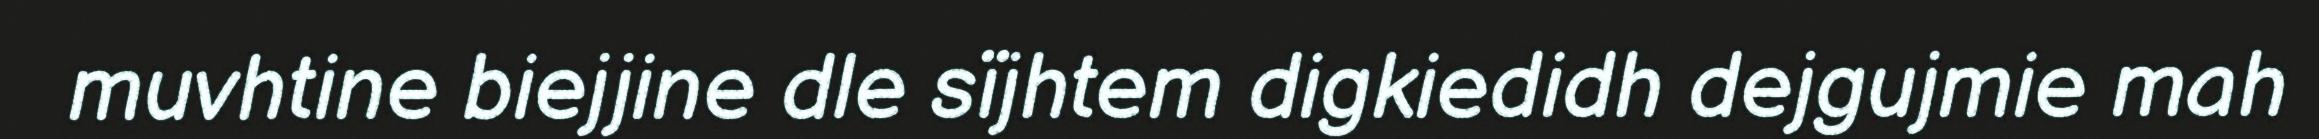
muvhtine biejjine dle sïjhtem digkiedidh dejgujmie mah